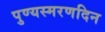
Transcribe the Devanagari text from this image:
पुण्यस्मरणदिन